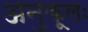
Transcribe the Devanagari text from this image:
अनुकूलः